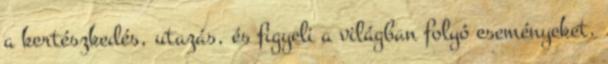
a kertészkedés, utazás, és figyeli a világban folyó eseményeket.